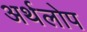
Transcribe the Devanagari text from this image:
अर्थलोप